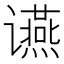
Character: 䜩